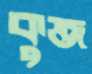
কুব্জ